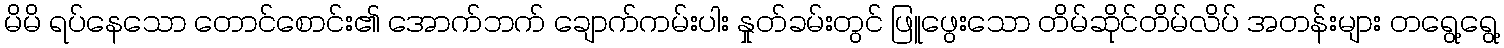
မိမိ ရပ်နေသော တောင်စောင်း၏ အောက်ဘက် ချောက်ကမ်းပါး နှုတ်ခမ်းတွင် ဖြူဖွေးသော တိမ်ဆိုင်တိမ်လိပ် အတန်းများ တရွေ့ရွေ့